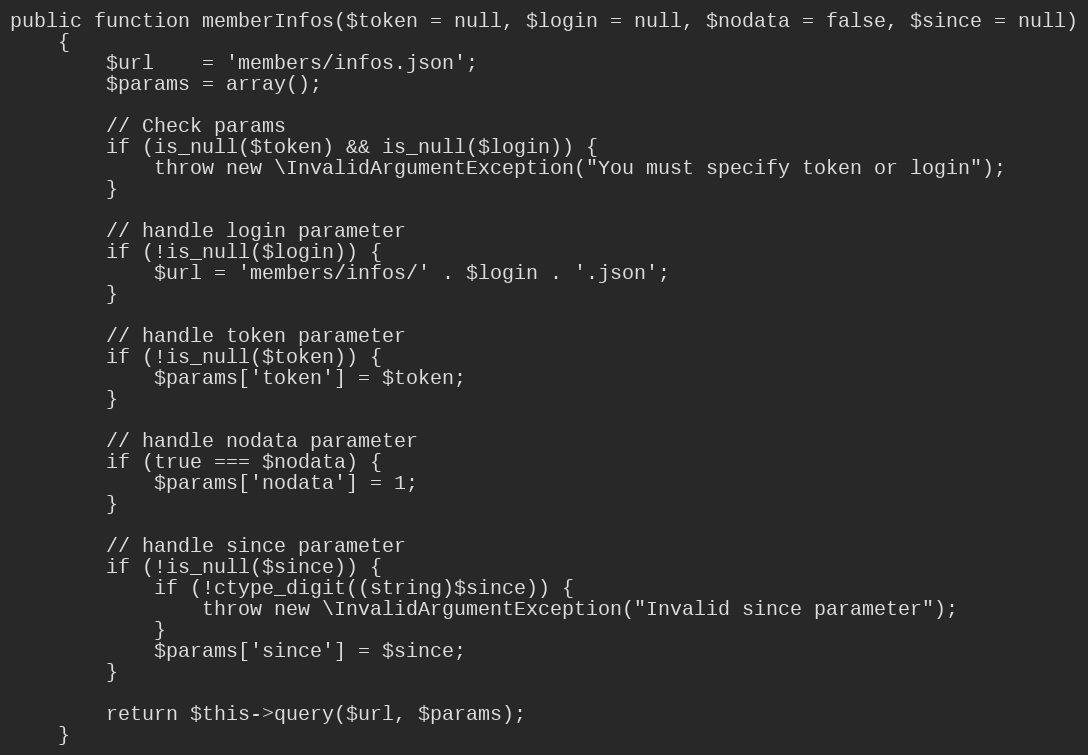
Language: PHP
public function memberInfos($token = null, $login = null, $nodata = false, $since = null)
    {
        $url    = 'members/infos.json';
        $params = array();

        // Check params
        if (is_null($token) && is_null($login)) {
            throw new \InvalidArgumentException("You must specify token or login");
        }

        // handle login parameter
        if (!is_null($login)) {
            $url = 'members/infos/' . $login . '.json';
        }

        // handle token parameter
        if (!is_null($token)) {
            $params['token'] = $token;
        }

        // handle nodata parameter
        if (true === $nodata) {
            $params['nodata'] = 1;
        }

        // handle since parameter
        if (!is_null($since)) {
            if (!ctype_digit((string)$since)) {
                throw new \InvalidArgumentException("Invalid since parameter");
            }
            $params['since'] = $since;
        }

        return $this->query($url, $params);
    }